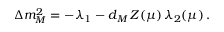
\Delta m _ { M } ^ { 2 } = - \lambda _ { 1 } - d _ { M } \, Z ( \mu ) \, \lambda _ { 2 } ( \mu ) \, .